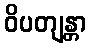
ဝိပတျန္တာ